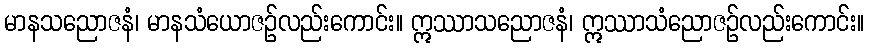
မာနသညောဇနံ၊ မာနသံယောဇဉ်လည်းကောင်း။ ဣဿာသညောဇနံ၊ ဣဿာသံညောဇဉ်လည်းကောင်း။